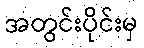
အတွင်းပိုင်းမှ